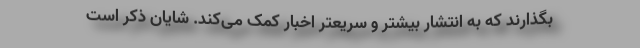
بگذارند که به انتشار بیشتر و سریعتر اخبار کمک می‌کند. شایان ذکر است